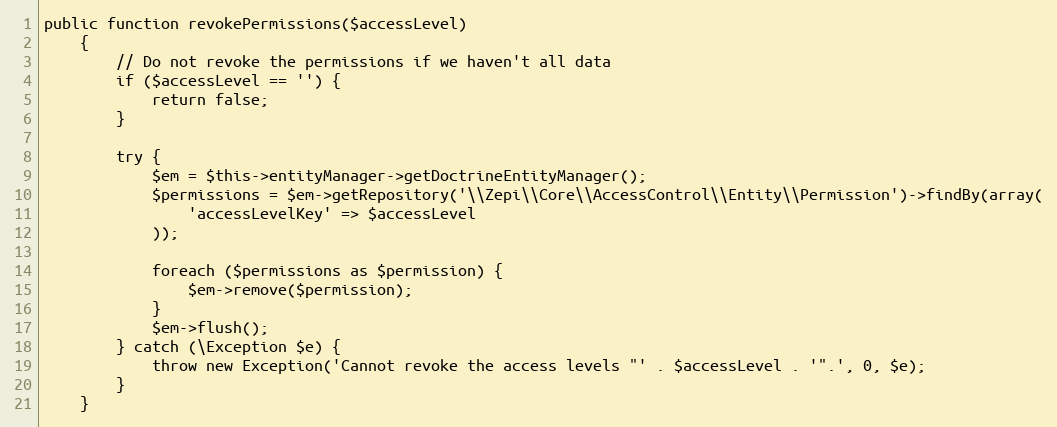
Language: PHP
public function revokePermissions($accessLevel)
    {
        // Do not revoke the permissions if we haven't all data
        if ($accessLevel == '') {
            return false;
        }

        try {
            $em = $this->entityManager->getDoctrineEntityManager();
            $permissions = $em->getRepository('\\Zepi\\Core\\AccessControl\\Entity\\Permission')->findBy(array(
                'accessLevelKey' => $accessLevel
            ));

            foreach ($permissions as $permission) {
                $em->remove($permission);
            }
            $em->flush();
        } catch (\Exception $e) {
            throw new Exception('Cannot revoke the access levels "' . $accessLevel . '".', 0, $e);
        }
    }